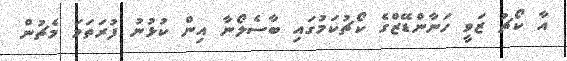
އާ ކޯޗު ޒަވީ ހަނާންޑޭޒްގެ ކޯޗުކަމުގައި ބާސެލޯނާ އިން ކުޅުނު ފުރަތަމަ މެޗުން